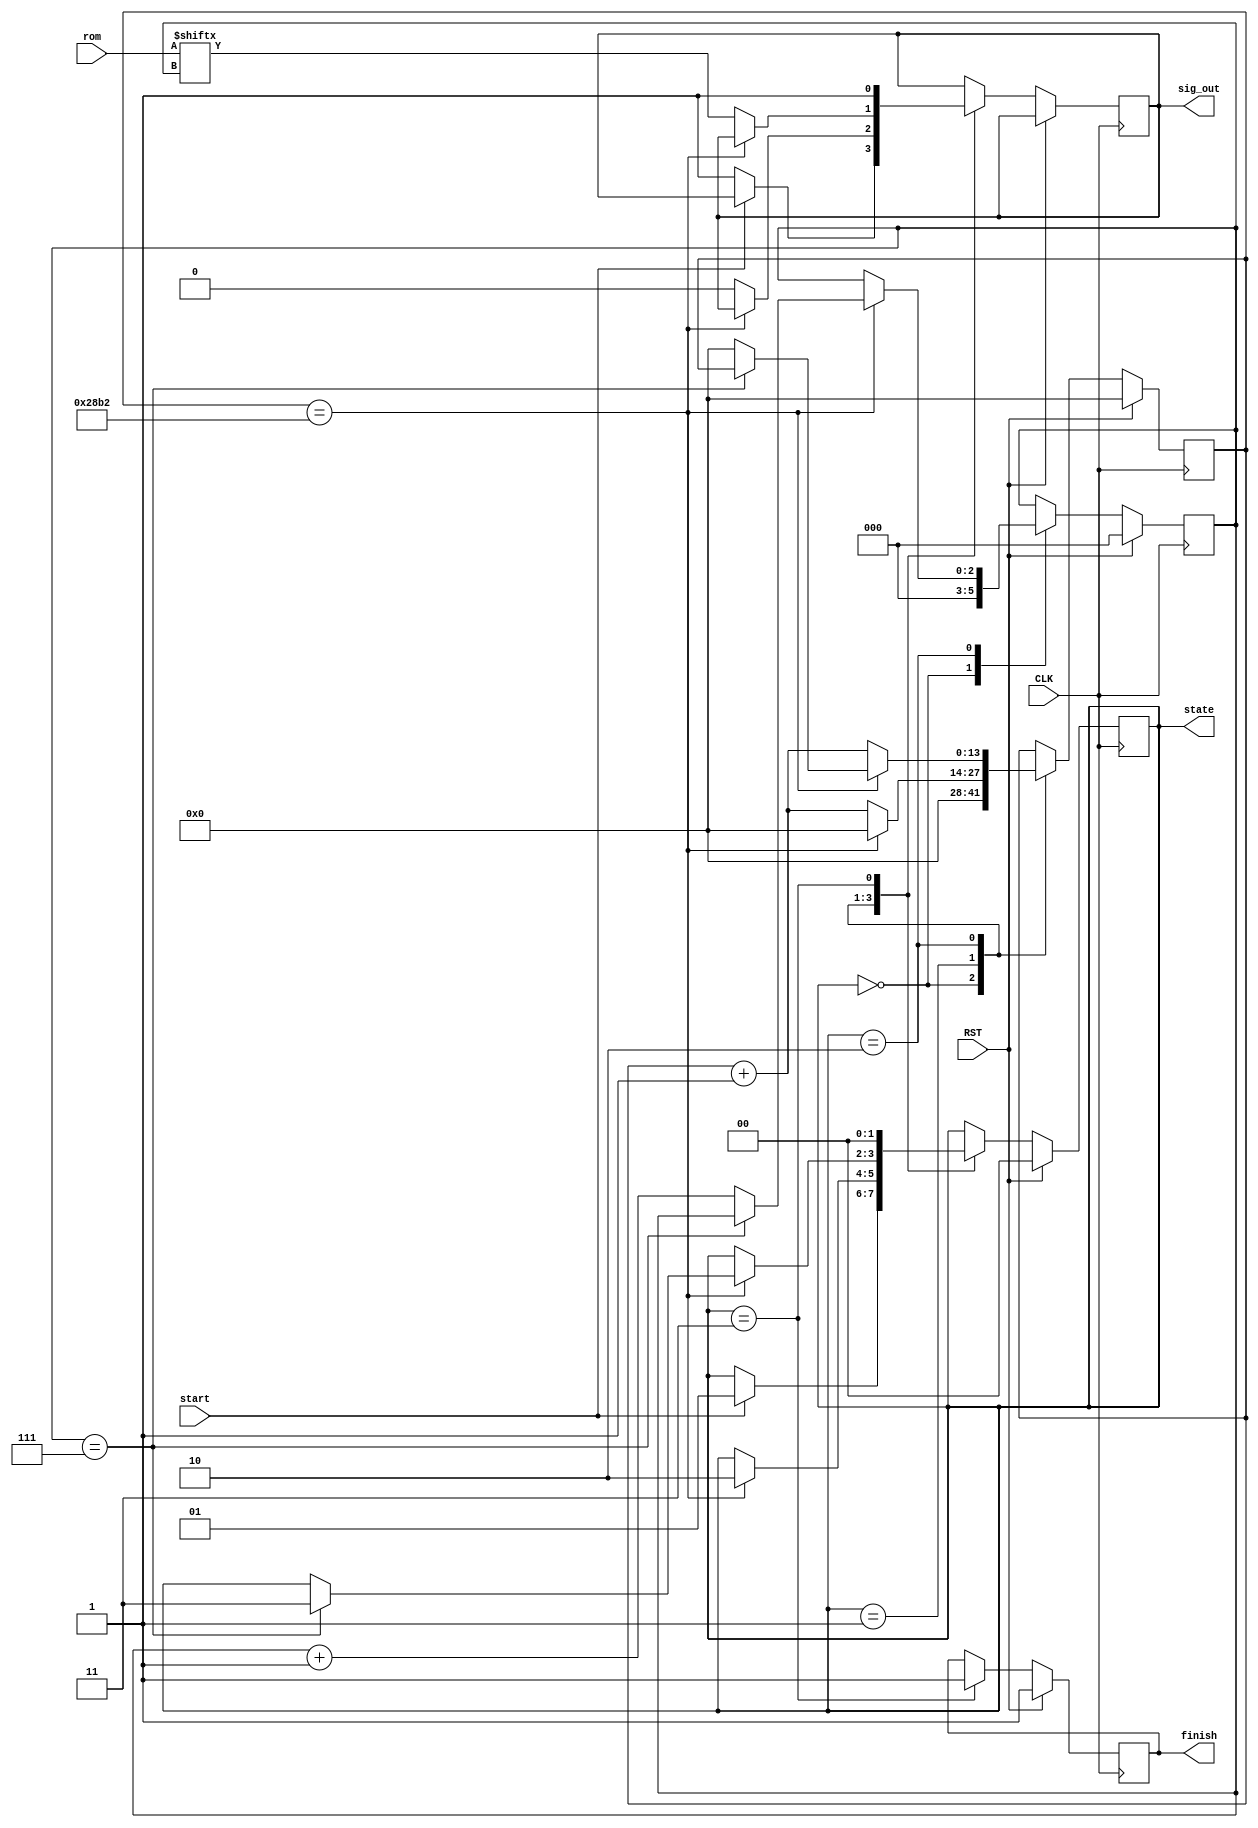
`timescale 1ns / 1ps

module UART_tx#(
        parameter WL = 8
                )(
            input CLK, RST, start,
            input [WL-1:0] rom,
            output reg finish, 
            output reg [1:0] state,
            output reg sig_out         
                );
///////////////////////////////////////                
reg [13:0] count;
reg [2:0] x;
localparam bode = 10418;
///////////////////////////////////////
parameter s1 = 2'b00;   parameter s2 = 2'b01;
parameter s3 = 2'b10;   parameter s4 = 2'b11;
///////////////////////////////////////
always @(posedge CLK) begin
    if(RST)begin
        count <= 0;
        finish <= 1;
        state <= s1;
        x <= 0;
    end
    else begin
        case(state)
            s1: begin
                    count <= 0;
                    x <= 0;
                    if(start) state <= s2;
                    else sig_out <= 1;
                end
            s2: begin
                if(count==bode)begin
                    count <= 0;
                    state <= s3;
                    end
                else begin 
                    count <= count +1;
                    sig_out <= 0;
                    end
                end
            s3: begin
                    if(count==bode)begin
                        if(x==7)state <= s4;
                        else begin
                            x <= x + 1;
                            count <= 0;
                            end
                        end
                    else begin
                        sig_out <= rom[x];
                        count <= count +1;
                        end
                end
            s4: begin
                    sig_out <= 1;
                    finish <= 1;
                    state <= s1;
                end
        endcase
        end
end
endmodule